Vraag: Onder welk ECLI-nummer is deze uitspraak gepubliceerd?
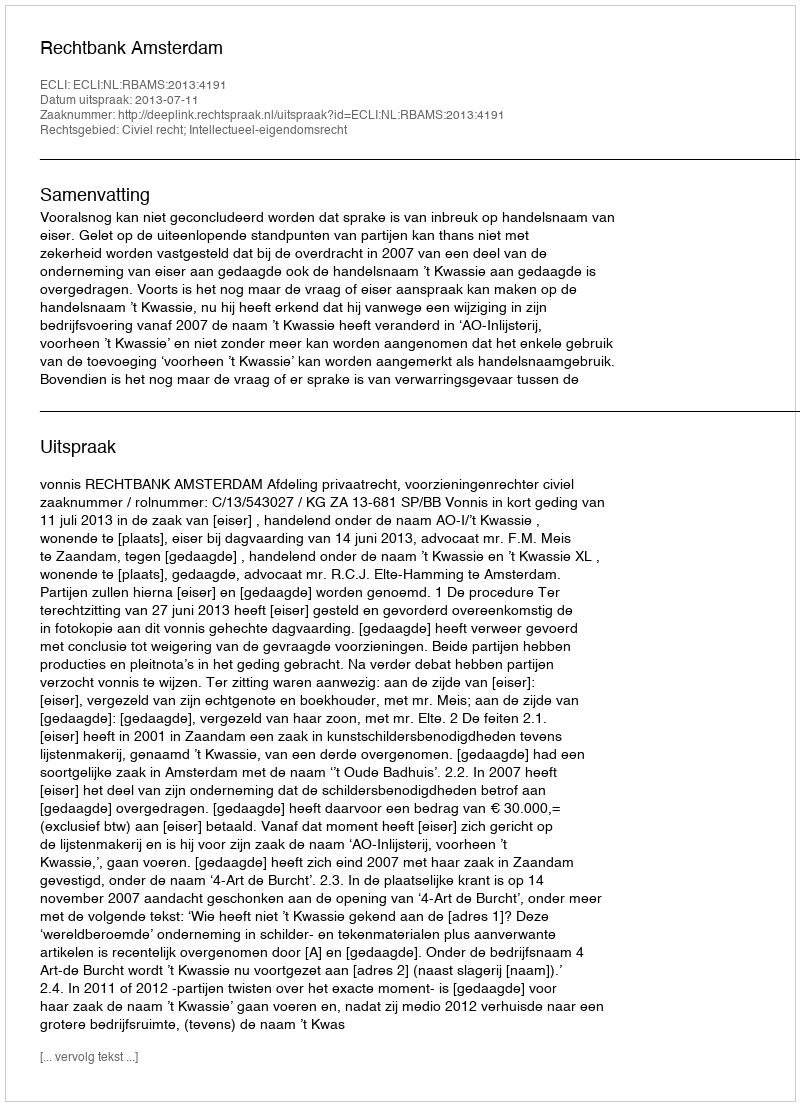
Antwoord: ECLI:NL:RBAMS:2013:4191